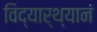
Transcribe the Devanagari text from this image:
विद्यार्थ्यानं